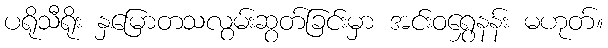
ပရိုသီရိုး နှမြောတသလွမ်းဆွတ်ခြင်းမှာ အင်းဝရွှေနန်း မဟုတ်။